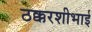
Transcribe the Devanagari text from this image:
ठक्करशीभाई